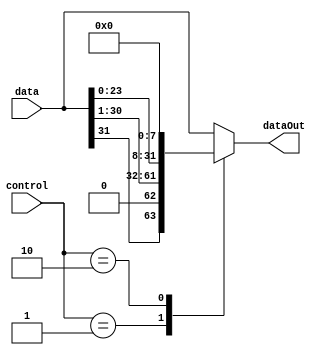
module shifter(
	control,
	data,
	dataOut
);

	parameter STEPS_AT_RIGHT = 1;
	parameter STEPS_AT_LEFT = 8;

	input [1:0] control;
	input [31:0] data;
	output reg [31:0] dataOut;

	always @ (control, data)
	begin
		case (control)
			2'b01: dataOut = {data[31], data[30:0] >> STEPS_AT_RIGHT};
			2'b10: dataOut = data << STEPS_AT_LEFT;
			default: dataOut = data;
		endcase

	end


endmodule